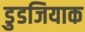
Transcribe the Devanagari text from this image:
डुडजियाक